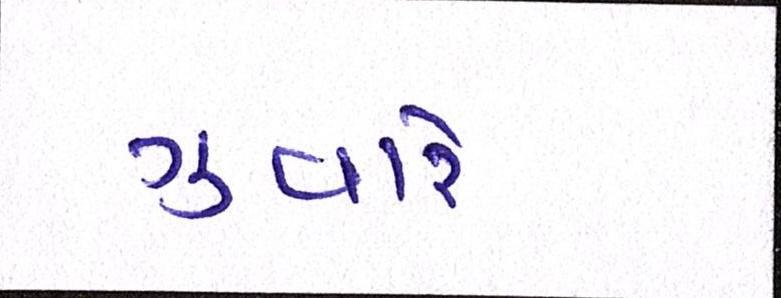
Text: ગુવારે